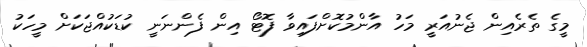
މީގެ ތެރެއިން ޖެނުއަރީ މަހު އާންމުކޮށްފައިވާ ފޮޓޯ އިން ފެންނަނީ ކުޑަކުއްޖަކަށް މީހަކު